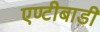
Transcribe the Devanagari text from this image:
एण्टीबाडी